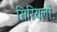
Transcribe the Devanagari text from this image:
सिरियलों